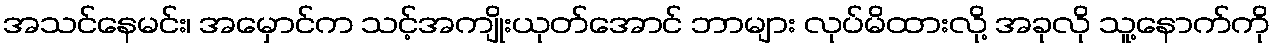
အသင်နေမင်း၊ အမှောင်က သင့်အကျိုးယုတ်အောင် ဘာများ လုပ်မိထားလို့ အခုလို သူ့နောက်ကို